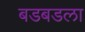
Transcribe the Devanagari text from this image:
बडबडला